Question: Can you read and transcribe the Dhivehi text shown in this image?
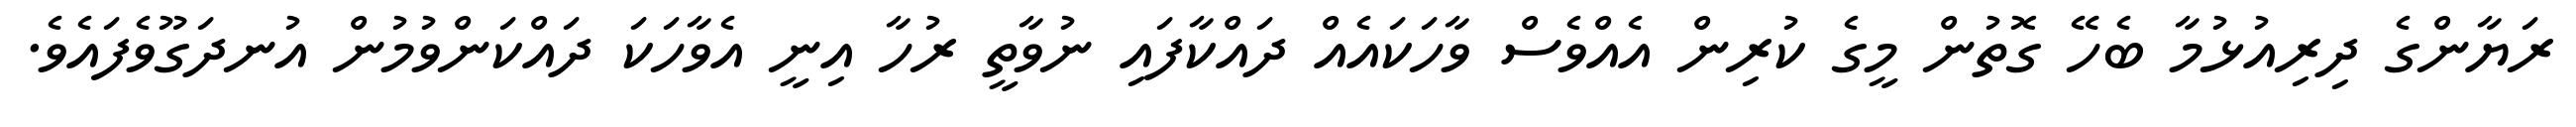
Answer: ރަޔާންގެ ދިރިއުޅުމާ ބެހޭ ގޮތުން މީގެ ކުރިން އެއްވެސް ވާހަކައެއް ދައްކާފައި ނުވާތީ ރުހާ އިނީ އެވާހަކަ ދައްކަންވުމުން އުނދަގޫވެފައެވެ.